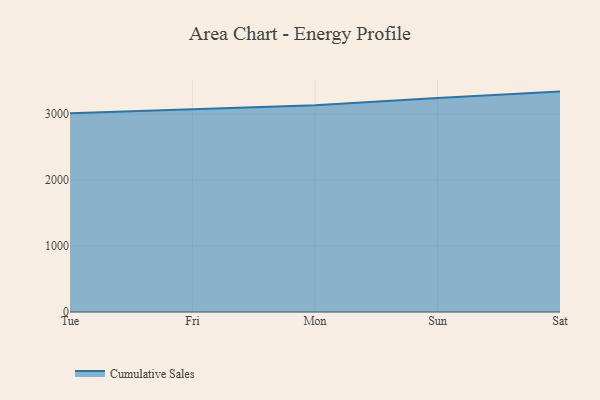
{"axis": {"x": "Day", "y": "Active Users"}, "legend": ["Cumulative Sales"], "data": [{"x": "Tue", "y": 3008.8, "type": "Cumulative Sales"}, {"x": "Fri", "y": 3066.9, "type": "Cumulative Sales"}, {"x": "Mon", "y": 3131.7, "type": "Cumulative Sales"}, {"x": "Sun", "y": 3239.9, "type": "Cumulative Sales"}, {"x": "Sat", "y": 3338.2, "type": "Cumulative Sales"}]}